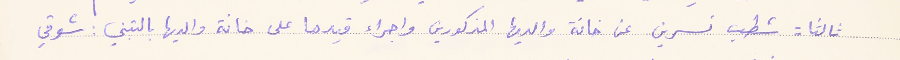
ثالتا: شطب نسرين عن خانة والديها المذكورين واجراء قيدها على خانة والديها بالتبني: شوقي